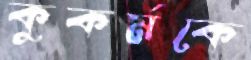
কুকর্মকে